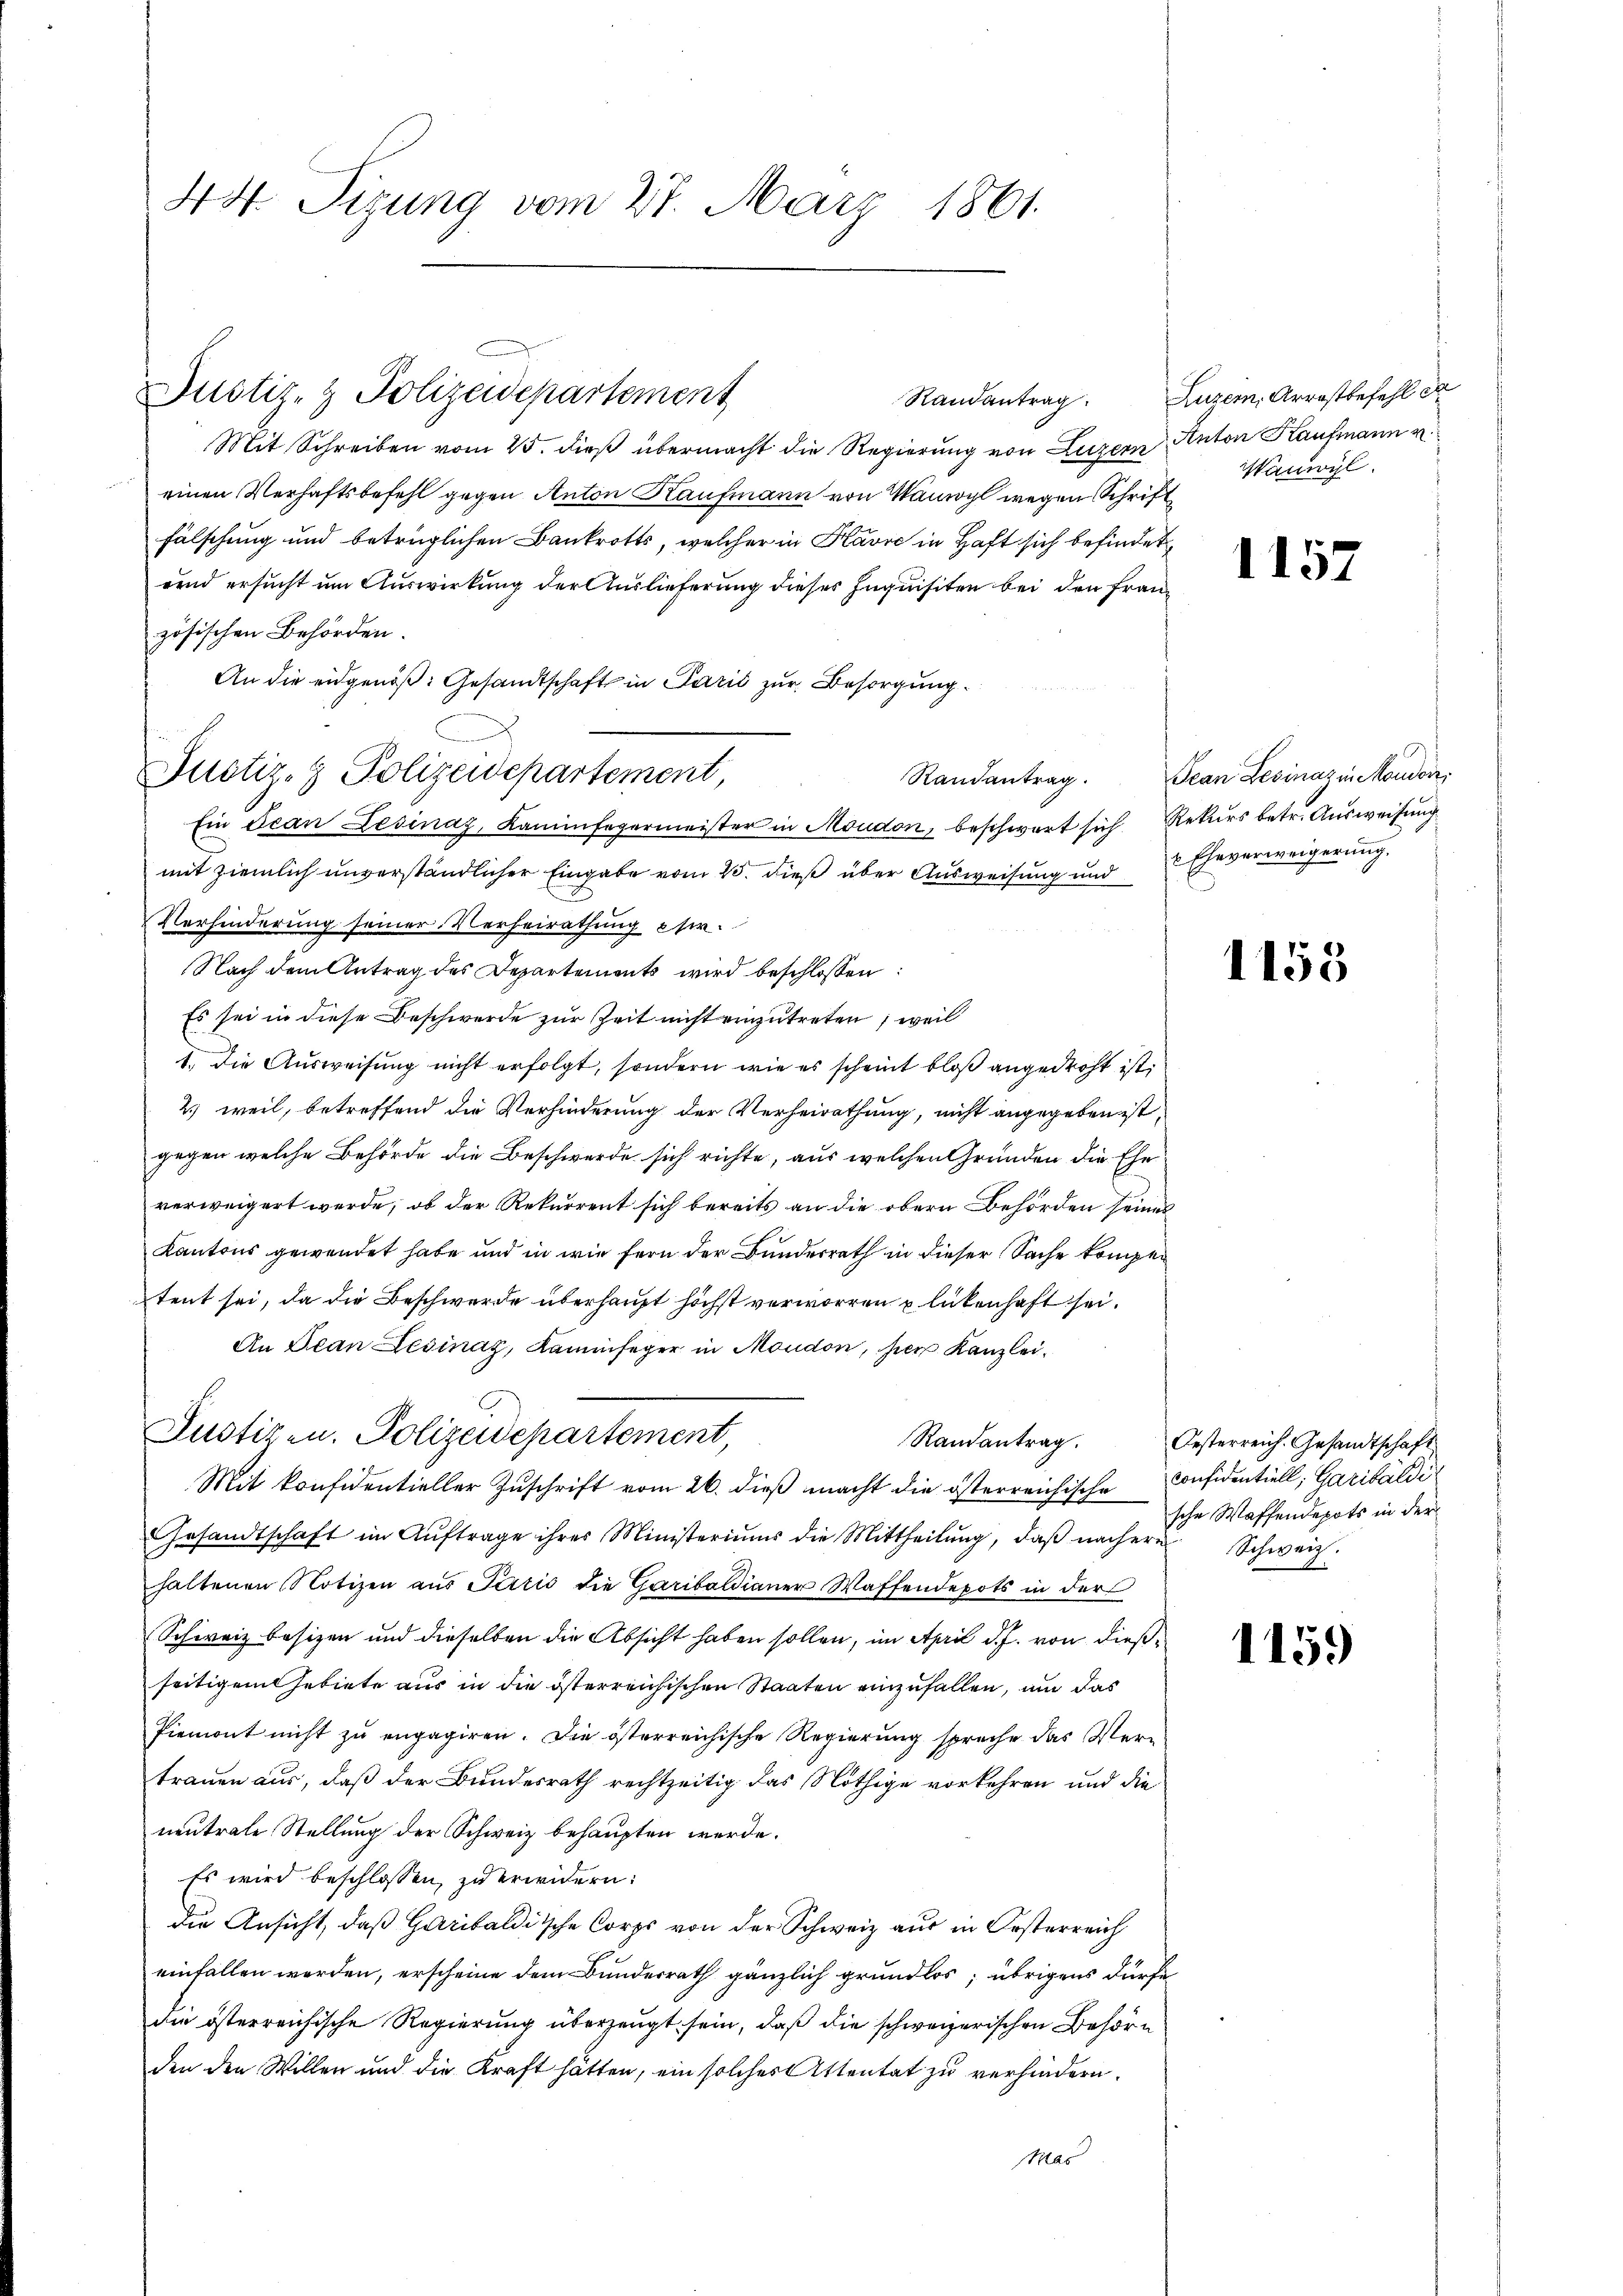
44 Sizung vom 27. März 1861.

Randantrag
Mit Schreiben vom 25. dieβ übermacht die Regierŭng von Luzern Anton Kaufmann v
einen Verhaftsbefehl gegen Anton Kaufmann von Vanwyl wegen Schrift
Fälschung und betrüglichen Bankrotts, welcher in Havre in Haft sich befindet
rund ersucht um Auswirkung der Auslieferung dieses Inquisiten bei den Französischen Behörden.
An die eidgenöß: Gesandtschaft in Paris zur Besorgung.
Ein Scan Desinaz, Kaminfegermeister in Moudon, beschwart sich Rekurs betr. Ausweisung
mit ziemlich unverständlicher Eingabe vom 25. dieß über Ausweisung und Eheverweigerung
Verhinderung seiner Verheirathung esir.
Nach dem Antrag des Departements wird beschlossen:
Es sei in diese Beschwerde zur Zeit nicht einzutreten; weil
1. Die Ausweisung nicht erfolgt, sondern wie es scheint bloß angedroht ist,
2) weil, betreffend die Verhinderung der Verheirathung, nicht angegeben ist,
gegen welche Behörde die Beschwerde sich richte, aus welchen Gründen die Ehe
verweigert werde, ob der Rekurrent sich bereits an die obern Behörden seines
Kantons gewendet habe und in wie fern der Bunderrath in dieser Sache komper
tent sei, da die Beschwerde überhaupt höchst verworren u lückenhaft sei.
An Jean Lešinaz, Kaminfeger in Moudon, hier Kanzlei.
Justizen. Polizeidepartement,
Randantrag.
Mit konfidentieller Zuschrift vom 26. dieß macht die österreichische Considentiell, Garibaldi
Gesandtschaft im Aŭftrage ihres Ministeriums die Mittheilŭng, daβ nächere
haltenen Notizen aus Perić die Garibaldianer Waffendepots in der
Schweiz besizen und dieselben die Absicht haben sollen, im April d. J. von dießseitigem Gebiete aus in die österreichischen Staaten einzufallen, um das
Piemont nicht zu engagiren. Die österreichische Regierung spreche das Vertrauen aus, daß der Bundesrath rechtzeitig das Nöthige vorkehren und die
neutrale Stellung der Schweiz behaupten werde.
Es wird beschlossen, zu erwidern:
die Ansicht, daß Garibaldische Corps von der Schweiz aus in Oesterreich
einfallen werden, erscheine dem Bundesrath gänzlich grundlos; übrigens dürfe
die österreichische Regierung überzeugt sein, daß die schweizerischen Behörden den Willen und die Kraft hätten, ein solches Attentat zu verhindern.
MMas

Justiz- & Polizeidepartement

i
Justiz- & Polizeidepartement,

Luzern, Arrestbefehl S
anwyl.

1157

Randantrag. Jean Levinaz in Moudon,

1155

Oesterreich. Gesandtschaft
sche Waffendepots in der
Schweiz.

1159